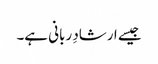
جیسے ارشادِ ربانی ہے۔